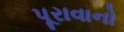
પૂરાવાનો